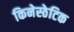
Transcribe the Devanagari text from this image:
किनेस्ठेटिक